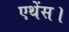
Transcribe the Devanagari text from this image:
एथेंस।